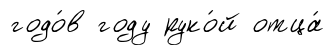
годо́в году руко́й отца́